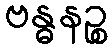
ဗန္ဓနဉ္စ